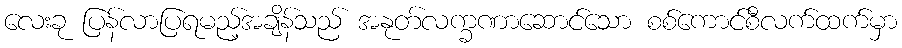
လေးခု ပြန်လာပြရမည့်အချိန်သည် အနုတ်လက္ခဏာဆောင်သော စစ်ကောင်စီလက်ထက်မှာ